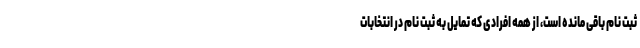
ثبت نام باقی مانده است، از همه افرادی که تمایل به ثبت نام در انتخابات